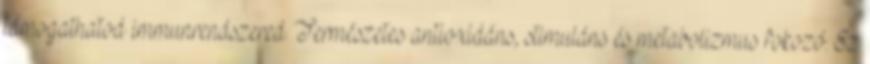
támogathatod immunrendszered. Természetes antioxidáns, stimuláns és metabolizmus fokozó. Ez